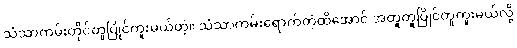
သံသာကမ်းတိုင်တူပြိုင်ကူးမယ်တဲ့။ သံသာကမ်းရောက်တဲ့ထိအောင် အတူတူပြိုင်တူကူးမယ်လို့